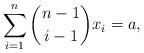
LaTeX: \begin{align*} \sum_{i=1}^{n} \dbinom{n-1}{i-1} x_i = a,\end{align*}